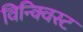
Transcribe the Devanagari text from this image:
विन्क्विस्ट